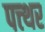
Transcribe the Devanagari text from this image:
पत्त्थर